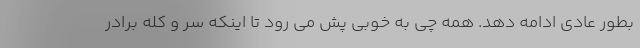
بطور عادی ادامه دهد. همه چی به خوبی پش می رود تا اینکه سر و کله برادر